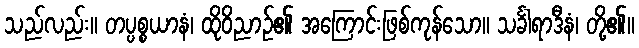
သည်လည်း။ တပ္ပစ္စယာနံ၊ ထိုဝိညာဉ်၏ အကြောင်းဖြစ်ကုန်သော။ သင်္ခါရာဒီနံ၊ တို့၏။